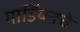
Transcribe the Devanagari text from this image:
गार्डियनचे